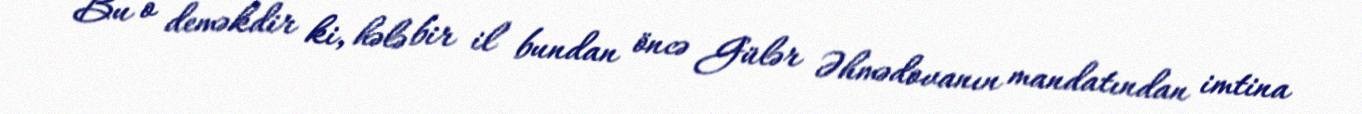
Bu o deməkdir ki, hələ bir il bundan öncə Gülər Əhmədovanın mandatından imtina